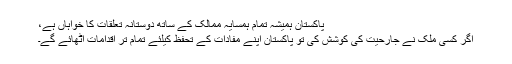
پاکستان ہمیشہ تمام ہمسایہ ممالک کے ساتھ دوستانہ تعلقات کا خواہاں ہے،
اگر کسی ملک نے جارحیت کی کوشش کی تو پاکستان اپنے مفادات کے تحفظ کیلئے تمام تر اقدامات اٹھائے گے۔